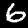
Label: 6